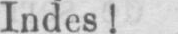
Indes!